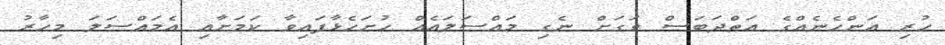
ހުރި އަންހެނެއްގެ އަތްދަބަސް ވަގަށް ނެގި މައްސަލައެއް ހުށަހެޅާފައިވާ ކަމަށާއި އެމައްސަލަ މިހާރު